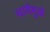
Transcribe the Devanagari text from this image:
धावेमुळे